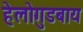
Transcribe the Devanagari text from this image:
हेलोगुडबाय